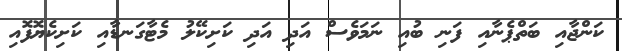
ކަންޖާއި ބަތްޕެނާއި ފަނި ބުއި ނަމަވެސް އަދި އަދި ކަށިކޭލު މެޓާގަނޑާއި ކަށިކެޔޮފޮއި